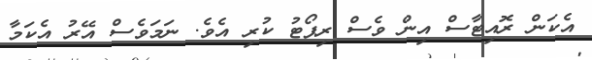
އެކަން ރޮއިޓާސް އިން ވެސް ރިޕޯޓު ކުރި އެވެ. ނަމަވެސް އޭރު އެކަމާ